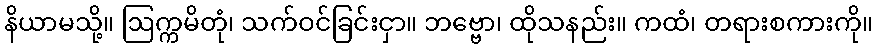
နိယာမသို့။ ဩက္ကမိတုံ၊ သက်ဝင်ခြင်းငှာ။ ဘဗ္ဗော၊ ထိုသနည်း။ ကထံ၊ တရားစကားကို။